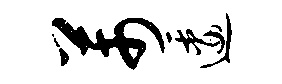
芾逶